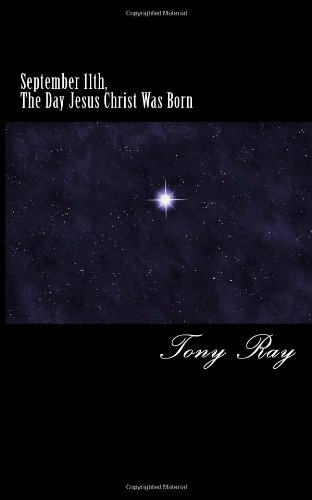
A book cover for September 11th, The Day Jesus Christ Was Born; Tony Ray; Religion & Spirituality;